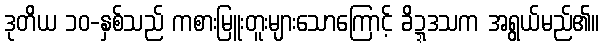
ဒုတိယ ၁၀-နှစ်သည် ကစားမြူးတူးများသောကြောင့် ခိဍ္ဍဒသက အရွယ်မည်၏။